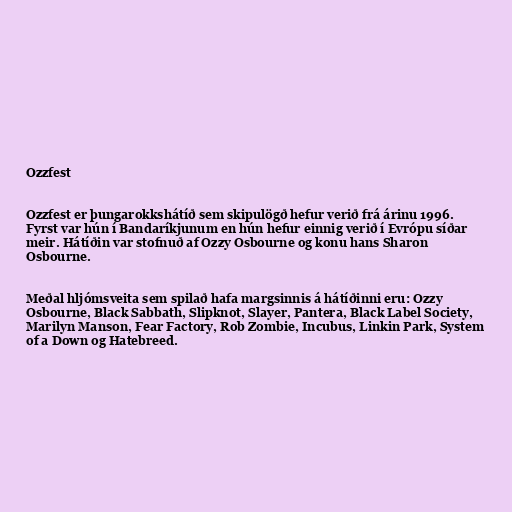
Ozzfest

Ozzfest er þungarokkshátíð sem skipulögð hefur verið frá árinu 1996.
Fyrst var hún í Bandaríkjunum en hún hefur einnig verið í Evrópu síðar
meir. Hátíðin var stofnuð af Ozzy Osbourne og konu hans Sharon
Osbourne.

Meðal hljómsveita sem spilað hafa margsinnis á hátíðinni eru: Ozzy
Osbourne, Black Sabbath, Slipknot, Slayer, Pantera, Black Label Society,
Marilyn Manson, Fear Factory, Rob Zombie, Incubus, Linkin Park, System
of a Down og Hatebreed.